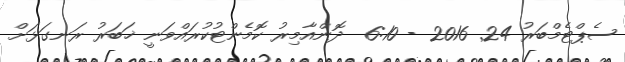
ސެޕްޓެމްބަރު 24